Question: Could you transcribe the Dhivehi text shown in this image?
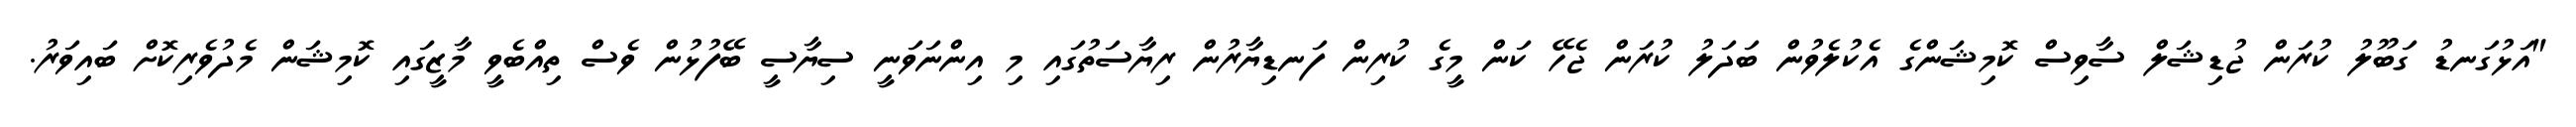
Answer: "އަޅުގަނޑު ގަބޫލު ކުރަން ޖުޑިޝަލް ސާވިސް ކޮމިޝަންގެ އެކުލެވުން ބަދަލު ކުރަން ޖެހޭ ކަން މީގެ ކުރިން ފަނޑިޔާރުން ރިޔާސަތުގައި މި އިންނަވަނީ ސިޔާސީ ބޭފުޅުން ވެސް ތިއްބެވީ މާޒީގައި ކޮމިޝަން މެދުވެރިކޮށް ބައިވަރު.